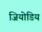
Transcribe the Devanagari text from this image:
जियोडिय